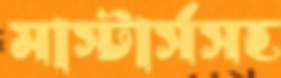
মাস্টার্সসহ